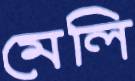
মেলি